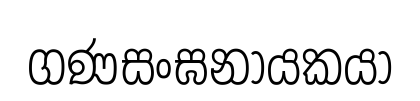
ගණසංඝනායකයා